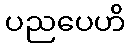
ပညပေဟိ